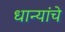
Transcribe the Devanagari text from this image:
धान्यांचे